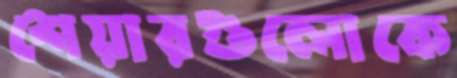
শেয়ারগুলোকে